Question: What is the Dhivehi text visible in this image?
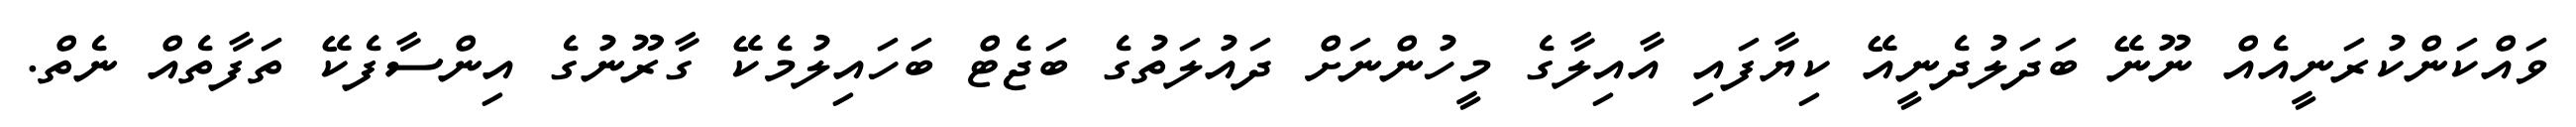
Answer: ވައްކަންކުރަނީއެއް ނޫނޭ ބަދަލުދެނީއޭ ކިޔާފައި އާއިލާގެ މީހުންނަށް ދައުލަތުގެ ބަޖެޓް ބަހައިލުމެކޭ ގާރޫނުގެ އިންސާފެކޭ ތަފާތެއް ނެތް.